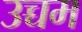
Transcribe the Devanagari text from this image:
उच्चम